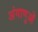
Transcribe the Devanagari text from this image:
अंगाणुओं